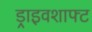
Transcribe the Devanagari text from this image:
ड्राइवशाफ्ट